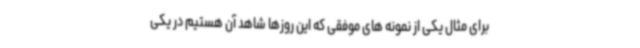
برای مثال یکی از نمونه های موفقی که این روزها شاهد آن هستیم در یکی